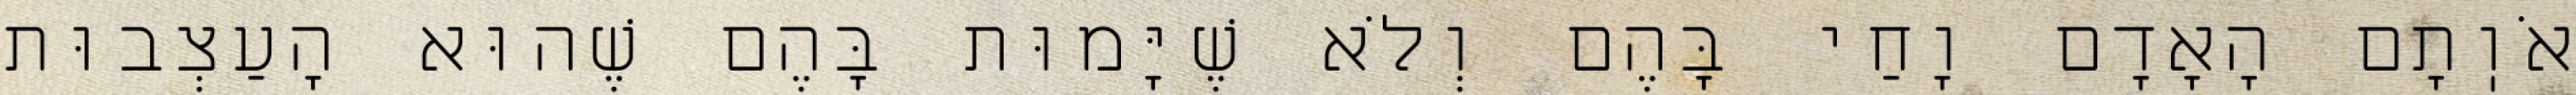
אֹוֽתָם הָאָדָם וָחַי בָּהֶם וְלֹא שֶׁיָּמוּת בָּהֶם שֶׁהוּא הָעַצְבוּת